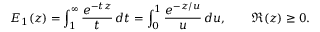
E _ { 1 } ( z ) = \int _ { 1 } ^ { \infty } { \frac { e ^ { - t z } } { t } } \, d t = \int _ { 0 } ^ { 1 } { \frac { e ^ { - z / u } } { u } } \, d u , \qquad \Re ( z ) \geq 0 .